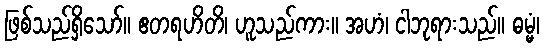
ဖြစ်သည်ရှိသော်။ ဧတရဟိတိ၊ ဟူသည်ကား။ အဟံ၊ ငါဘုရားသည်။ ဓမ္မံ၊